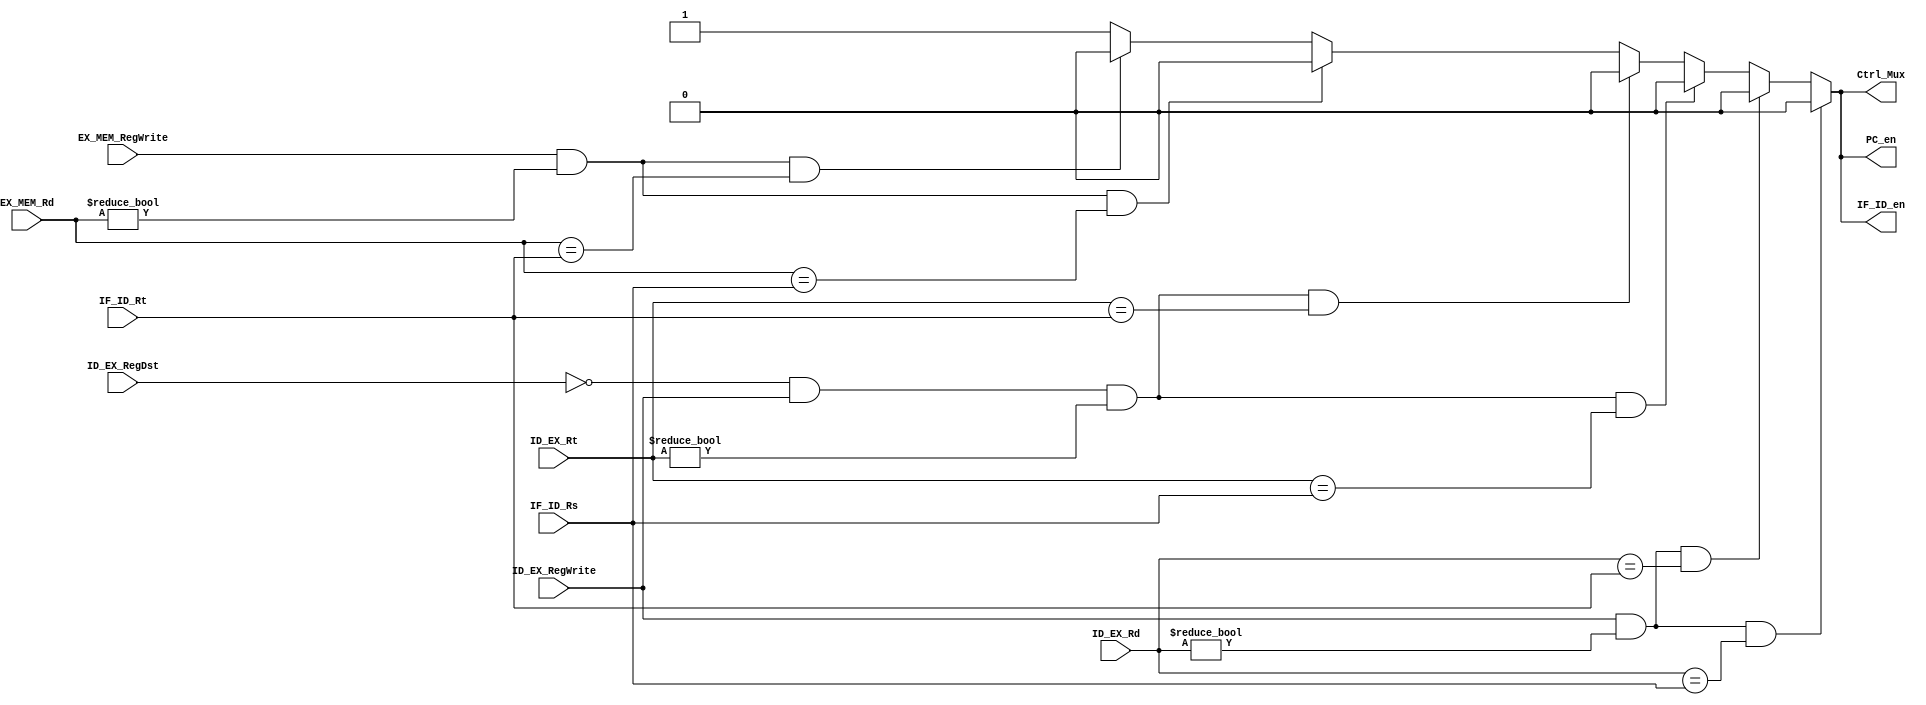
`timescale 1ns / 1ps

module HazardUnit(EX_MEM_RegWrite, ID_EX_RegWrite, EX_MEM_Rd, ID_EX_Rd, ID_EX_Rt, IF_ID_Rs, IF_ID_Rt, ID_EX_RegDst, PC_en, IF_ID_en, Ctrl_Mux);

    input [4:0] ID_EX_Rd, ID_EX_Rt, IF_ID_Rs, IF_ID_Rt, EX_MEM_Rd;
    input ID_EX_RegWrite, EX_MEM_RegWrite, ID_EX_RegDst;
    output reg PC_en, IF_ID_en, Ctrl_Mux;
    
    initial 
    begin
        Ctrl_Mux <= 1;
        PC_en <= 1;
        IF_ID_en <= 1;
    end
    
    always @(*)
    begin
        
        //for dependency between EX and ID stage
        if (ID_EX_RegWrite && ID_EX_Rd != 0 && ID_EX_Rd == IF_ID_Rs)
            begin 
                Ctrl_Mux <= 0;
                PC_en <= 0;
                IF_ID_en <= 0;
            end
            
        else if (ID_EX_RegWrite && ID_EX_Rd != 0 && ID_EX_Rd == IF_ID_Rt)
            begin 
                Ctrl_Mux <= 0;
                PC_en <= 0;
                IF_ID_en <= 0;
            end
            
        else if ((ID_EX_RegDst == 0) && ID_EX_RegWrite && ID_EX_Rt != 0 && ID_EX_Rt == IF_ID_Rs)           //for lw and immediate instructions RegDst = 1
            begin 
                Ctrl_Mux <= 0;
                PC_en <= 0;
                IF_ID_en <= 0;
            end
            
        else if ((ID_EX_RegDst == 0) && ID_EX_RegWrite && ID_EX_Rt != 0 && ID_EX_Rt == IF_ID_Rt)           //for lw and immediate instructions RegDst = 1
            begin 
                Ctrl_Mux <= 0;
                PC_en <= 0;
                IF_ID_en <= 0;
            end
            
        //for dependency between MEM and ID stage    
        else if (EX_MEM_RegWrite && EX_MEM_Rd != 0 && EX_MEM_Rd == IF_ID_Rs)
            begin 
                Ctrl_Mux <= 0;
                PC_en <= 0;
                IF_ID_en <= 0;
            end
            
        else if (EX_MEM_RegWrite && EX_MEM_Rd != 0 && EX_MEM_Rd == IF_ID_Rt)
            begin 
                Ctrl_Mux <= 0;
                PC_en <= 0;
                IF_ID_en <= 0;
            end
        else 
            begin
                Ctrl_Mux <= 1;
                PC_en <= 1;
                IF_ID_en <= 1;
            end
    end
endmodule